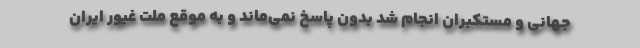
جهانی و مستکبران انجام شد بدون پاسخ نمی‌ماند و به موقع ملت غیور ایران